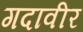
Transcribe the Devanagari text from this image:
गदावीर